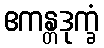
ဧကန္တဒုက္ခံ